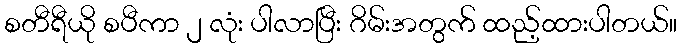
စတီရီယို စပီကာ ၂ လုံး ပါလာပြီး ဂိမ်းအတွက် ထည့်ထားပါတယ်။